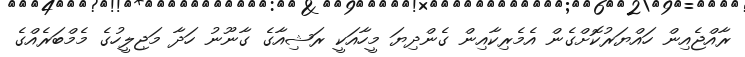
ރާއްޖެއިން ހައްޔަރުކޮށްގެން އެމެރިކާއިން ގެންދިޔަ މީހާއަކީ ރަޝިއާގެ ގާނޫނު ހަދާ މަޖިލީހުގެ މެމްބަރެއްގެ